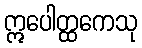
ဣပေါတ္ထကေသု